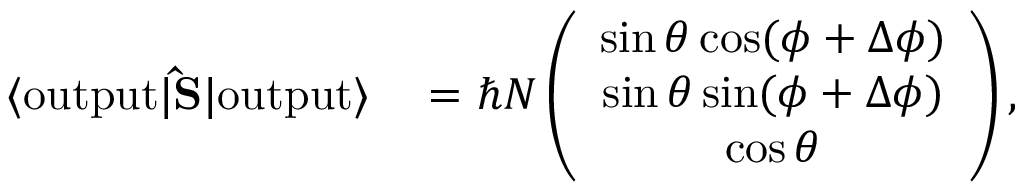
\begin{array} { r l } { \langle \mathrm { o u t p u t } | { \bf \hat { S } } | \mathrm { o u t p u t } \rangle } & { { } = \hbar N \left( \begin{array} { c } { \sin \theta \cos ( \phi + \Delta \phi ) } \\ { \sin \theta \sin ( \phi + \Delta \phi ) } \\ { \cos \theta } \end{array} \right) , } \end{array}